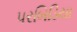
પરબિડિયા